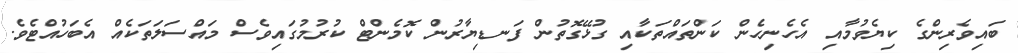
ބައިވެރިންގެ ކިޔެވުމާއި އެހެނިހެން ކަންތައްތަކާއި ގުޅޭގޮތުން ފަނޑިޔާރުން ކޮމެންޓް ކުރުމުގައިވެސް މައްސަލަތަކެއް އެބަހުއްޓެވެ.